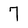
Character: 7